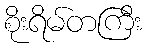
စိုးရိမ်တကြီး